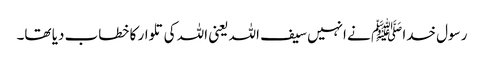
رسول خدا ﷺ نے انہیں سیف اللہ یعنی اللہ کی تلوار کا خطاب دیا تھا۔